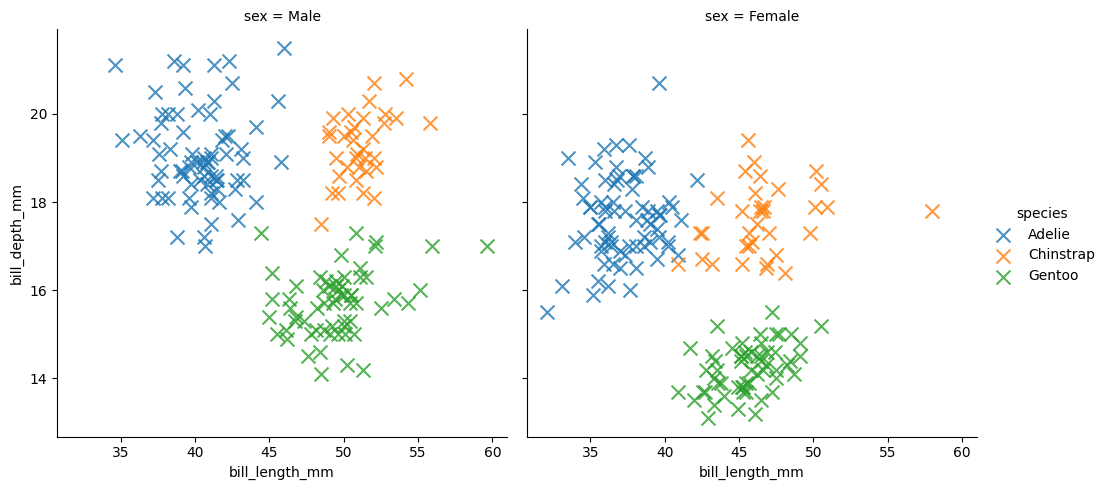
python, seaborn, lmplot, aspect=1.0, order=2, markers='x'